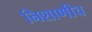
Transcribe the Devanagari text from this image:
निशाणीच